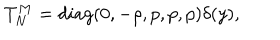
LaTeX: T _ { N } ^ { M } = d i a g ( 0 , - \rho , p , p , p ) \delta ( y ) ,